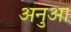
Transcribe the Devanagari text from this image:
अनुआ